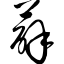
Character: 薜